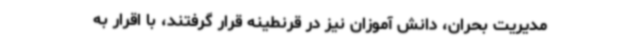
مدیریت بحران، دانش آموزان نیز در قرنطینه قرار گرفتند، با اقرار به